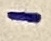
Text: _